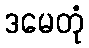
ဒမေတုံ